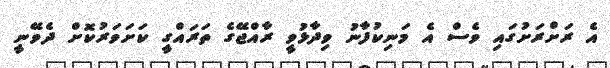
އެ ރަށްރަށުގައި ވެސް އެ މަނިކުފާނު ވިދާޅުވީ ރާއްޖޭގެ ތަރައްގީ ކަށަވަރުކޮށް ދެވޭނީ